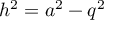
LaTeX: h ^ { 2 } = a ^ { 2 } - q ^ { 2 }